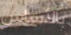
بالأساس